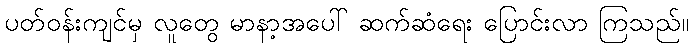
ပတ်ဝန်းကျင်မှ လူတွေ မာနာ့အပေါ် ဆက်ဆံရေး ပြောင်းလာ ကြသည်။